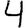
Digit: 4